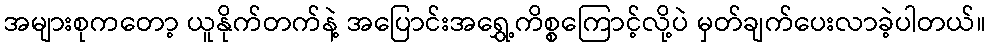
အများစုကတော့ ယူနိုက်တက်နဲ့ အပြောင်းအရွှေ့ကိစ္စကြောင့်လို့ပဲ မှတ်ချက်ပေးလာခဲ့ပါတယ်။